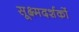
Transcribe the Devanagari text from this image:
सूक्ष्मदर्शकों